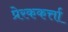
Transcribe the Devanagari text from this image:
प्रेरककर्त्ता